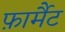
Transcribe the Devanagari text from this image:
फ़ार्मैट